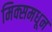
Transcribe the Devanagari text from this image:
मिक्समधून